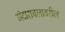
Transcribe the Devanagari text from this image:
मंदाराचलावरील